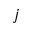
j